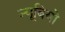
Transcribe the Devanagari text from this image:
न्यूबियो